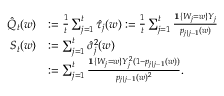
\begin{array} { r l } { \hat { Q } _ { t } ( w ) } & { : = \frac { 1 } { t } \sum _ { j = 1 } ^ { t } \hat { \tau } _ { j } ( w ) : = \frac { 1 } { t } \sum _ { j = 1 } ^ { t } \frac { \mathbf { 1 } \{ W _ { j } = w \} Y _ { j } } { p _ { j \mid j - 1 } ( w ) } } \\ { S _ { t } ( w ) } & { : = \sum _ { j = 1 } ^ { t } \hat { \sigma } _ { j } ^ { 2 } ( w ) } \\ & { : = \sum _ { j = 1 } ^ { t } \frac { \mathbf { 1 } \{ W _ { j } = w \} Y _ { j } ^ { 2 } ( 1 - p _ { j \mid j - 1 } ( w ) ) } { p _ { j \mid j - 1 } ( w ) ^ { 2 } } . } \end{array}